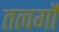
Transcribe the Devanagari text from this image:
तत्वर्गों